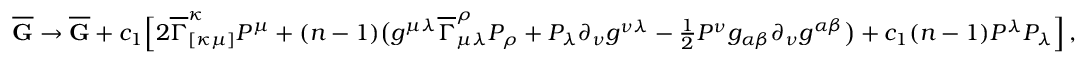
\begin{array} { r } { \overline { { \mathbf { G } } } \rightarrow \overline { { \mathbf { G } } } + c _ { 1 } \Big [ 2 \overline { { \Gamma } } _ { [ \kappa \mu ] } ^ { \kappa } P ^ { \mu } + ( n - 1 ) \big ( g ^ { \mu \lambda } \overline { { \Gamma } } _ { \mu \lambda } ^ { \rho } P _ { \rho } + P _ { \lambda } \partial _ { \nu } g ^ { \nu \lambda } - \frac { 1 } { 2 } P ^ { \nu } g _ { \alpha \beta } \partial _ { \nu } g ^ { \alpha \beta } \big ) + c _ { 1 } ( n - 1 ) P ^ { \lambda } P _ { \lambda } \Big ] \, , } \end{array}